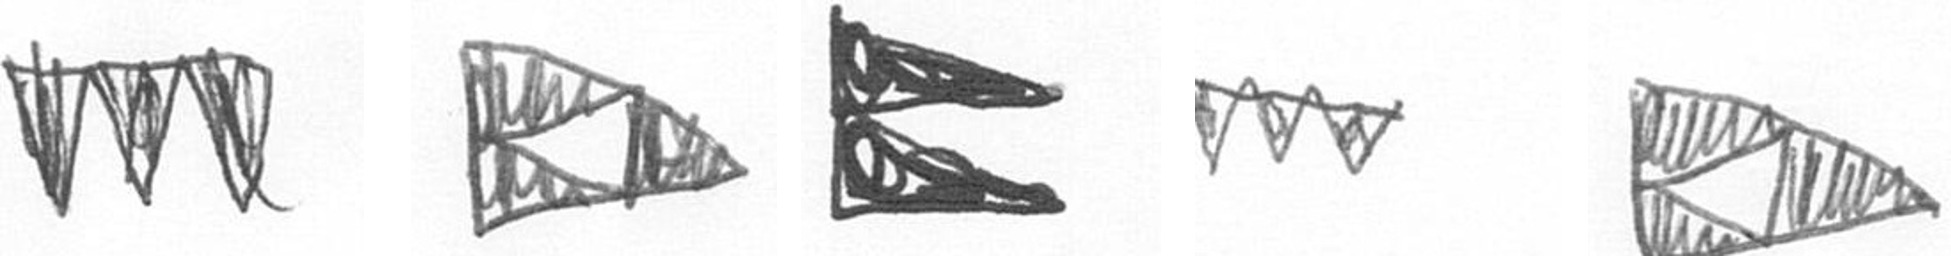
L K P L K